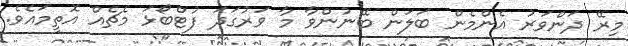
މިރޭ ދަންވަރު އެންމެން ބަލަން ބޭނުންވާ މާ ވަރުގަދަ ފުޓްބޯޅަ މެޗެއް އޮތީމައެވެ.